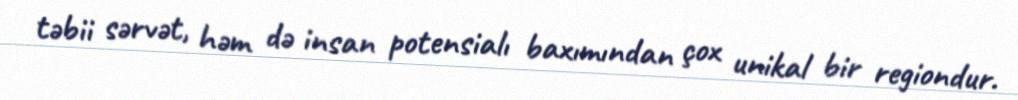
təbii sərvət, həm də insan potensialı baxımından çox unikal bir regiondur.